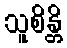
သူစိန္တိ